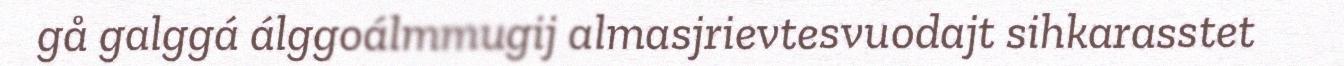
gå galggá álggoálmmugij almasjrievtesvuodajt sihkarasstet